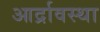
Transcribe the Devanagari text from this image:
आर्द्रावस्था